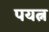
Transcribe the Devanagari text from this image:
पयत्न